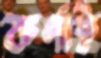
কর্ণাই